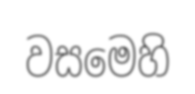
වසමෙහි